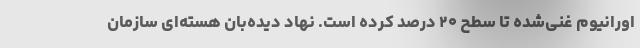
اورانیوم غنی‌شده تا سطح ۲۰ درصد کرده است. نهاد دیده‌بان هسته‌ای سازمان